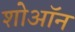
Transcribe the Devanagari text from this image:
शोऑन